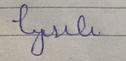
Signature authenticity: forged